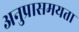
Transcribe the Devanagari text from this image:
अनुप्रासमयता